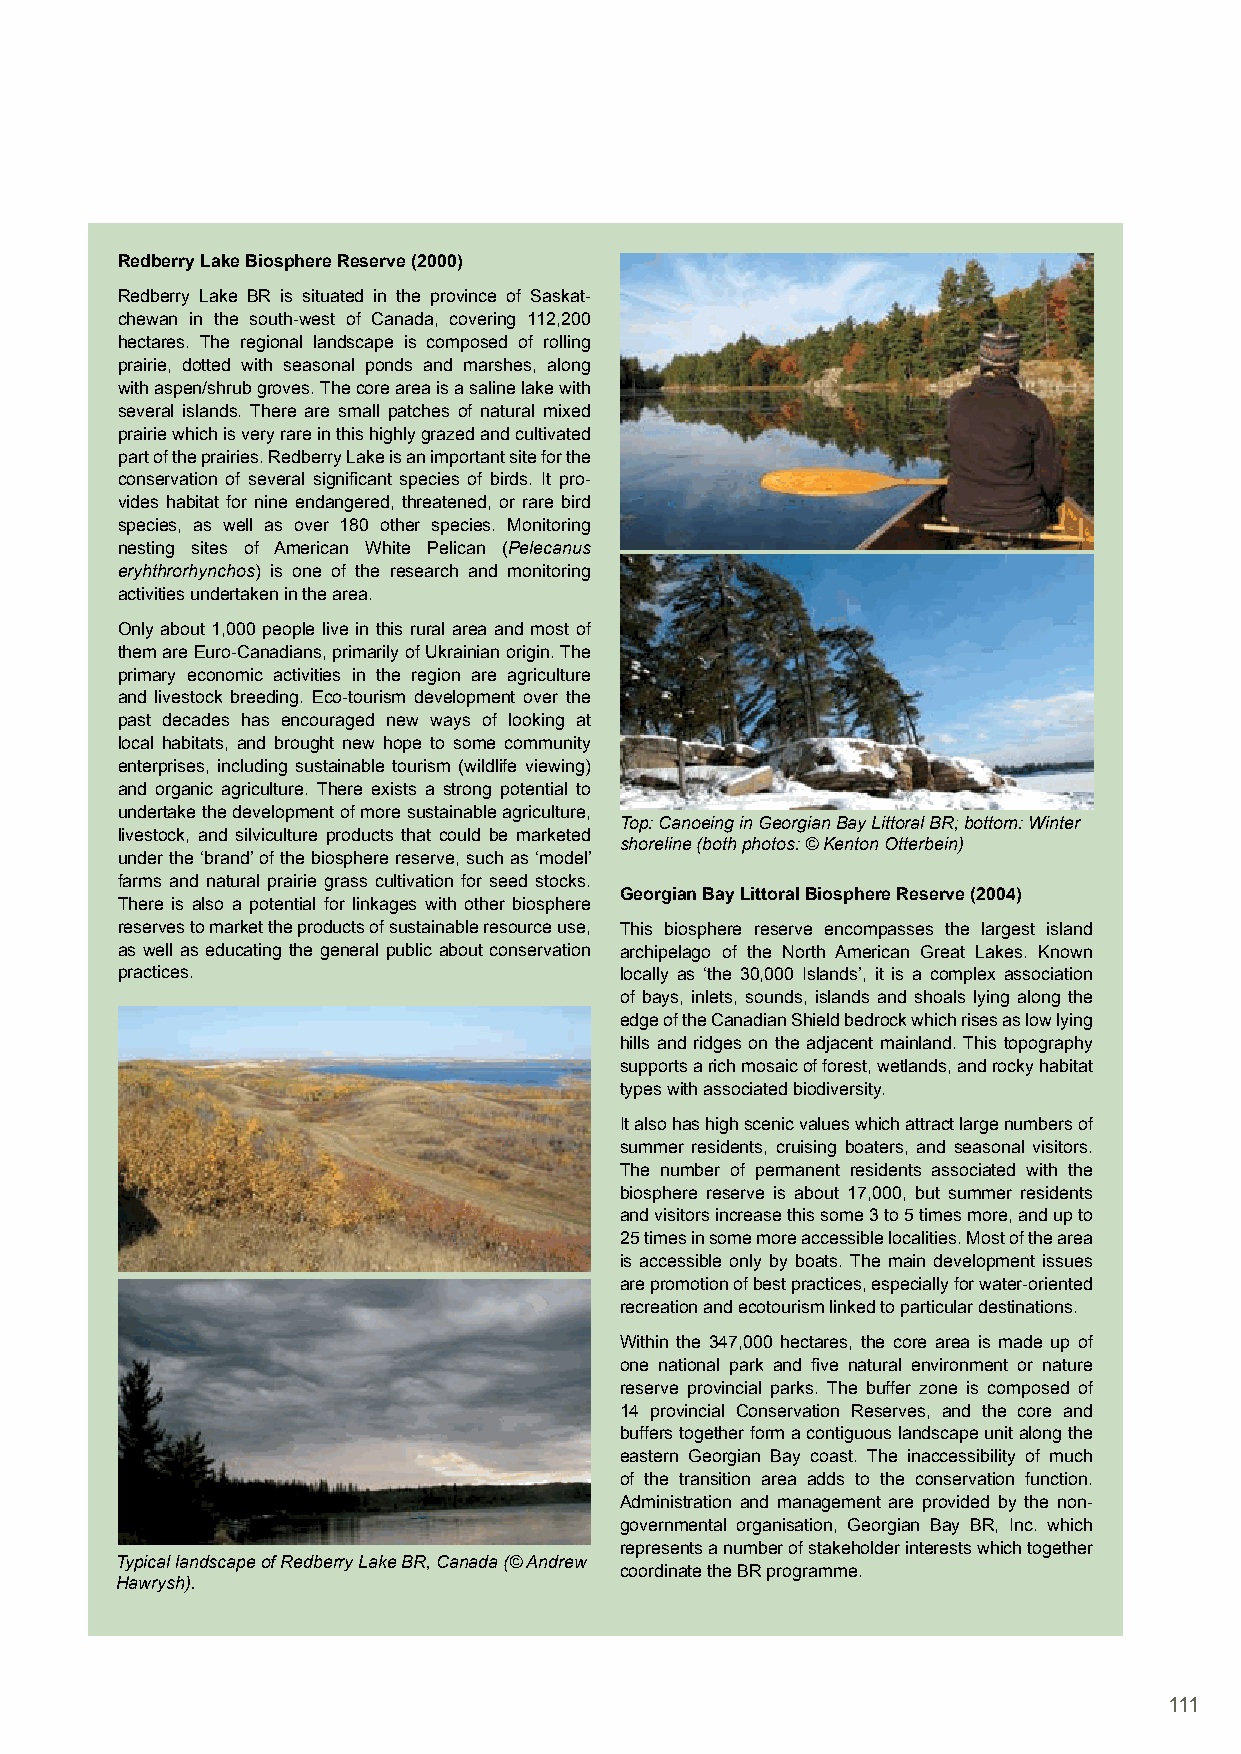
Redberry Lake Biosphere Reserve (2000)
 Redberry Lake BR is situated in the province of Saskat-
 chewan in the south-west of Canada, covering 112,200
 hectares. The regional landscape is composed of rolling
 prairie, dotted with seasonal ponds and marshes, along
 with aspen/shrub groves. The core area is a saline lake with
 several islands. There are small patches of natural mixed
 prairie which is very rare in this highly grazed and cultivated
 part of the prairies. Redberry Lake is an important site for the
 conservation of several significant species of birds. It pro-
 vides habitat for nine endangered, threatened, or rare bird
 species, as well as over 180 other species. Monitoring
 nesting sites of American White Pelican (Pelecanus
 eryhthrorhynchos) is one of the research and monitoring
 activities undertaken in the area.
 Only about 1,000 people live in this rural area and most of
 them are Euro-Canadians, primarily of Ukrainian origin. The
 primary economic activities in the region are agriculture
 and livestock breeding. Eco-tourism development over the
 past decades has encouraged new ways of looking at
 local habitats, and brought new hope to some community
 enterprises, including sustainable tourism (wildlife viewing)
 and organic agriculture. There exists a strong potential to
 undertake the development of more sustainable agriculture,
 Top: Canoeing in Georgian Bay Littoral BR; bottom: Winter
 livestock, and silviculture products that could be marketed
 shoreline (both photos: © Kenton Otterbein)
 under the ‘brand’ of the biosphere reserve, such as ‘model’
 farms and natural prairie grass cultivation for seed stocks.
 Georgian Bay Littoral Biosphere Reserve (2004)
 There is also a potential for linkages with other biosphere
 reserves to market the products of sustainable resource use, This biosphere reserve encompasses the largest island
 as well as educating the general public about conservation archipelago of the North American Great Lakes. Known
 practices.                       locally as ‘the 30,000 Islands’, it is a complex association
 of bays, inlets, sounds, islands and shoals lying along the
 edge of the Canadian Shield bedrock which rises as low lying
 hills and ridges on the adjacent mainland. This topography
 supports a rich mosaic of forest, wetlands, and rocky habitat
 types with associated biodiversity.
 It also has high scenic values which attract large numbers of
 summer residents, cruising boaters, and seasonal visitors.
 The number of permanent residents associated with the
 biosphere reserve is about 17,000, but summer residents
 and visitors increase this some 3 to 5 times more, and up to
 25 times in some more accessible localities. Most of the area
 is accessible only by boats. The main development issues
 are promotion of best practices, especially for water-oriented
 recreation and ecotourism linked to particular destinations.
 Within the 347,000 hectares, the core area is made up of
 one national park and five natural environment or nature
 reserve provincial parks. The buffer zone is composed of
 14 provincial Conservation Reserves, and the core and
 buffers together form a contiguous landscape unit along the
 eastern Georgian Bay coast. The inaccessibility of much
 of the transition area adds to the conservation function.
 Administration and management are provided by the non-
 governmental organisation, Georgian Bay BR, Inc. which
 represents a number of stakeholder interests which together
 Typical landscape of Redberry Lake BR, Canada (© Andrew
 coordinate the BR programme.
 Hawrysh).
 111